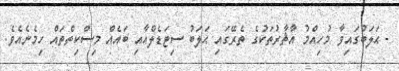
- ޙަލަބުގައިވާ މުހިއްމު އާޘާރުތަކުގެ ތެރޭގައި ޙަލަބު ސިޓަޑެލްއާއި ބައެއް މިސްކިތްތައް ހިމެނެއެވެ.